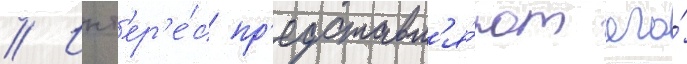
// Инт'ер'е́с пр'едставл'я́ют его́